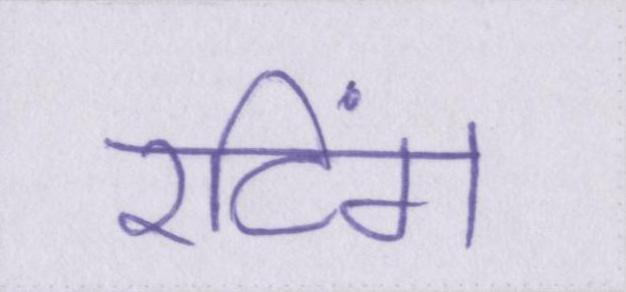
रटिंग